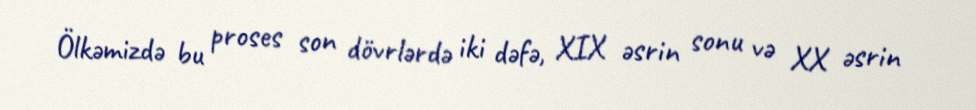
Ölkəmizdə bu proses son dövrlərdə iki dəfə, XIX əsrin sonu və XX əsrin